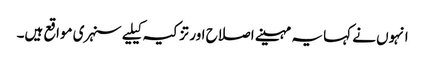
انہوں نے کہا یہ مہینے اصلاح اور تزکیہ کیلیے سنہری مواقع ہیں۔